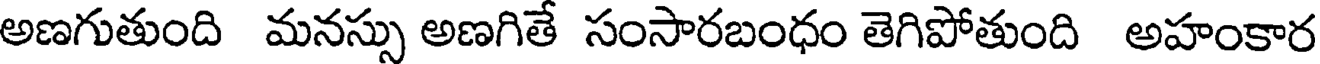
అణగుతుంది మనస్సు అణగితే సంసారబంధం తెగిపోతుంది అహంకార